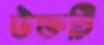
উক্তটি